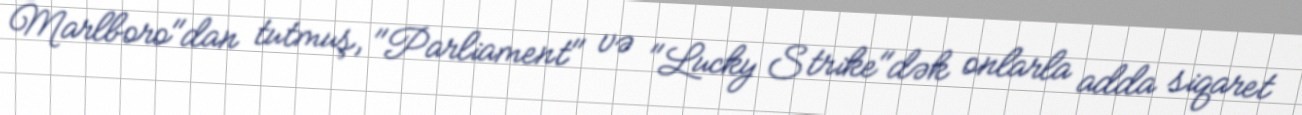
Marlboro"dan tutmuş, "Parliament" və "Lucky Strike"dək onlarla adda siqaret